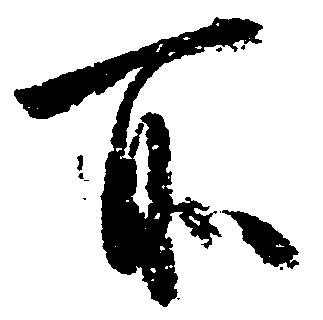
所